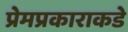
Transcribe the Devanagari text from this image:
प्रेमप्रकाराकडे